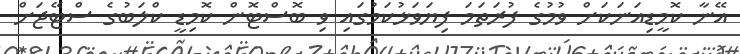
އޭނާ ކޮމީޑިއަނަކަށް ވުމުގެ ފުރަތަމަ ފިޔަވަޅުކަމުގައި ވި ބޮސްޓޮން ކޮމިޑީ ކްލަބުގެ ސްޓޭޖަށް